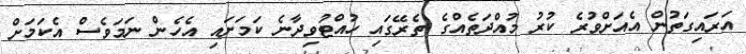
އަރައިގަތުން އެއަށްވުރެ ކުރު މުއްދަތެއްގެ ތެރޭގައި ހުއްޓުވިދާނެ ކަމަށައި އެހެން ނަމަވެސް އެކަމަށް